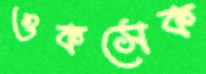
ওকসেক